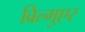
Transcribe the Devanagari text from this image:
बिल्गुएर